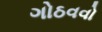
ગોઠવવો